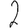
Digit: 2